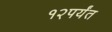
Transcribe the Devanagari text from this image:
१२पर्यंत